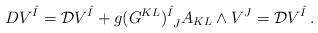
LaTeX: \begin{align*}DV^{\hat{I}}= {\cal D}V^{\hat{I}}+g(G^{KL})^{\hat{I}}_{~J}A_{KL}\wedge V^J ={\cal D}V^{\hat{I}}\,.\end{align*}